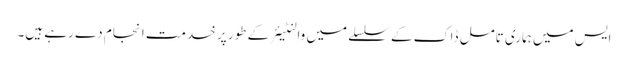
ایس میں ہماری تامل ڈاک کے سلسلے میں والنٹیئر کے طور پر خدمت انجام دے رہے ہیں۔